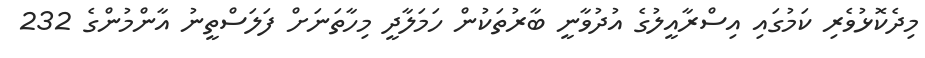
މިދެކޮޅުވެރި ކަމުގައި އިސްރާއީލުގެ އުދުވާނީ ބާރުތަކުން ހަމަލާދީ މިހާތަނަށް ފަލަސްތީނު އާންމުންގެ 232